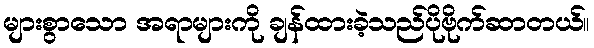
များစွာသော အရာများကို ချန်ထားခဲ့သည်ပိုဗိုက်ဆာတယ်။